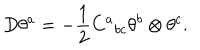
D \theta ^ { a } = - { \frac { 1 } { 2 } } C ^ { a } { } _ { b c } \theta ^ { b } \otimes \theta ^ { c } .